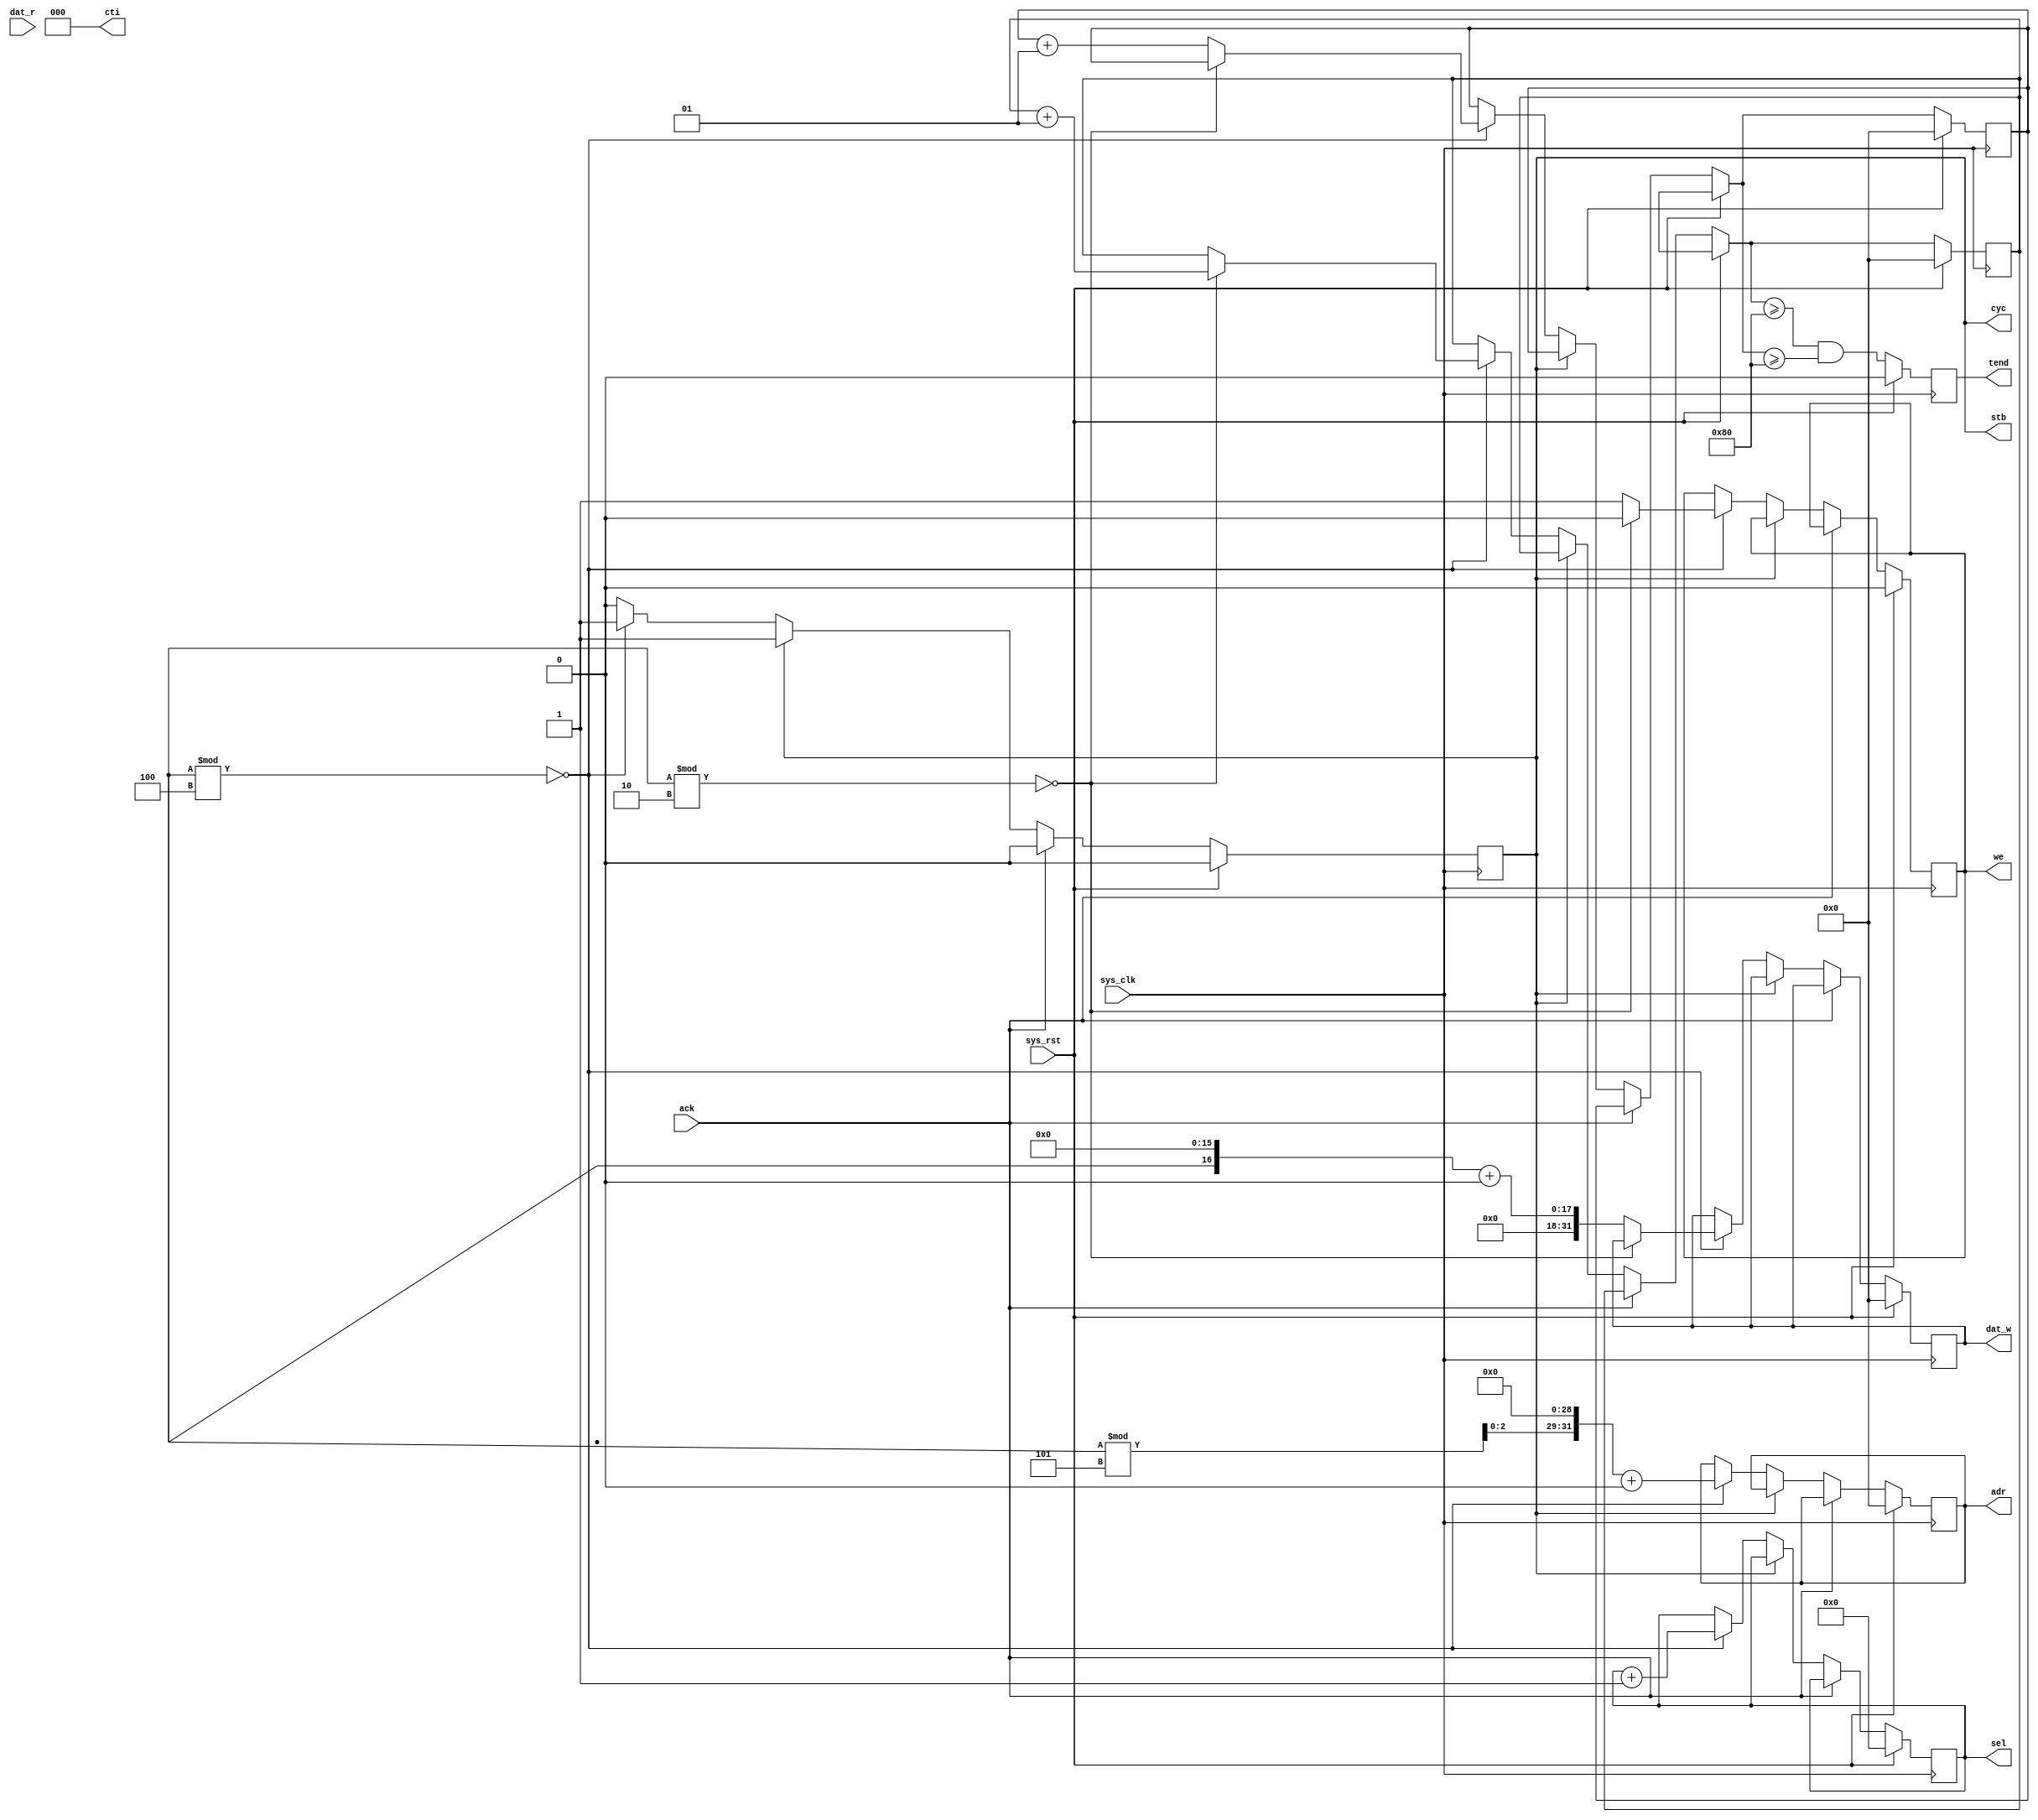
/*
 * Milkymist SoC
 * Copyright (C) 2007, 2008, 2009 Sebastien Bourdeauducq
 *
 * This program is free software: you can redistribute it and/or modify
 * it under the terms of the GNU General Public License as published by
 * the Free Software Foundation, version 3 of the License.
 *
 * This program is distributed in the hope that it will be useful,
 * but WITHOUT ANY WARRANTY; without even the implied warranty of
 * MERCHANTABILITY or FITNESS FOR A PARTICULAR PURPOSE.  See the
 * GNU General Public License for more details.
 *
 * You should have received a copy of the GNU General Public License
 * along with this program.  If not, see <http://www.gnu.org/licenses/>.
 */

module master #(
	parameter id = 0,
	parameter nreads = 128,
	parameter nwrites = 128,
	parameter p = 4
) (
	input sys_clk,
	input sys_rst,
	
	output reg [31:0] dat_w,
	input [31:0] dat_r,
	output reg [31:0] adr,
	output [2:0] cti,
	output reg we,
	output reg [3:0] sel,
	output cyc,
	output stb,
	input ack,
	
	output reg tend
);

integer rcounter;
integer wcounter;
reg active;

assign cyc = active;
assign stb = active;
assign cti = 0;

always @(posedge sys_clk) begin
	if(sys_rst) begin
		dat_w = 0;
		adr = 0;
		we = 0;
		sel = 0;
		active = 0;
		rcounter = 0;
		wcounter = 0;
		tend = 0;
	end else begin
		if(ack) begin
			if(~active)
				$display("[M%d] Spurious ack", id);
			else begin
				if(we)
					$display("[M%d] Ack W: %x:%x [%x]", id, adr, dat_w, sel);
				else
					$display("[M%d] Ack R: %x:%x [%x]", id, adr, dat_r, sel);
			end
			active = 1'b0;
		end else if(~active) begin
			if(($random % p) == 0) begin
				adr = $random;
				adr = adr % 5;
				adr = (adr << (32-3)) + id;
				sel = sel + 1;
				active = 1'b1;
				if(($random % 2) == 0) begin
					/* Read */
					we = 1'b0;
					rcounter = rcounter + 1;
				end else begin
					/* Write */
					we = 1'b1;
					dat_w = ($random << 16) + id;
					wcounter = wcounter + 1;
				end
			end
		end
		tend = (rcounter >= nreads) && (wcounter >= nwrites);
	end
end

endmodule